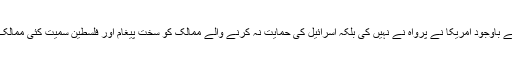
تاہم جنرل اسمبلی میں بھاری اکثریت سے شکست کے باوجود امریکا نے پرواہ نے نہیں کی بلکہ اسرائیل کی حمایت نہ کرنے والے ممالک کو سخت پیغام اور فلسطین سمیت کئی ممالک کو دیئے جانے والی مالی امداد بھی روک دی تھی۔